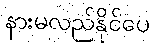
နားမလည်နိုင်ပေ